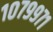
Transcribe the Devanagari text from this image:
१०७९९७१